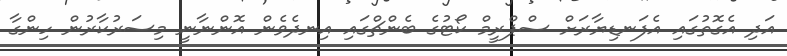
އަދި އެގޮތުގައި އެފަނޑިޔާރަށް ސްޕްރީމް ކޯޓުގެ ބެންޗްގައި އިނދެވެން އޮންނާނީ މިސަރުކާރުން ހިންގާ